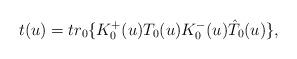
LaTeX: \begin{align*}t(u)= tr_0 \{ K_0^{+}(u)T_0(u) K^{-}_0(u)\hat{T}_0 (u)\}, \end{align*}